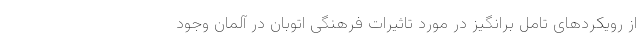
از رویکردهای تامل برانگیز در مورد تاثیرات فرهنگی اتوبان در آلمان وجود